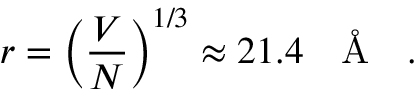
r = \left( \frac { V } { N } \right) ^ { 1 / 3 } \approx 2 1 . 4 \mathrm { ~ ~ ~ \AA ~ { ~ } ~ } .